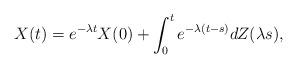
LaTeX: \begin{align*}X(t)=e^{-\lambda t}X(0)+\int _0^t e^{-\lambda (t-s)}dZ(\lambda s),\end{align*}